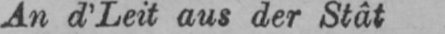
An d’Leit aus der Stât